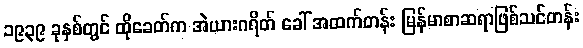
၁၉၃၉ ခုနှစ်တွင် ထိုခေတ်က အဲယားဂရိတ် ခေါ် အထက်တန်း မြန်မာစာဆရာဖြစ်သင်တန်း